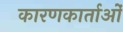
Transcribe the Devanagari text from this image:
कारणकार्ताओं